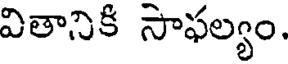
వితానికి సాఫల్యం.